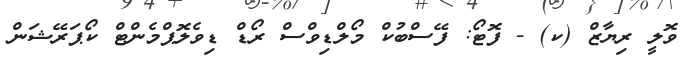
ވޮލީ ރިޔާޒް (ކ) - ފޮޓޯ: ފޭސްބުކް މޯލްޑިވްސް ރޯޑް ޑިވެލޮޕްމެންޓް ކޯޕަރޭޝަން